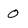
Character: 0